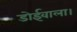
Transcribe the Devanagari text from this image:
डोईवाला।